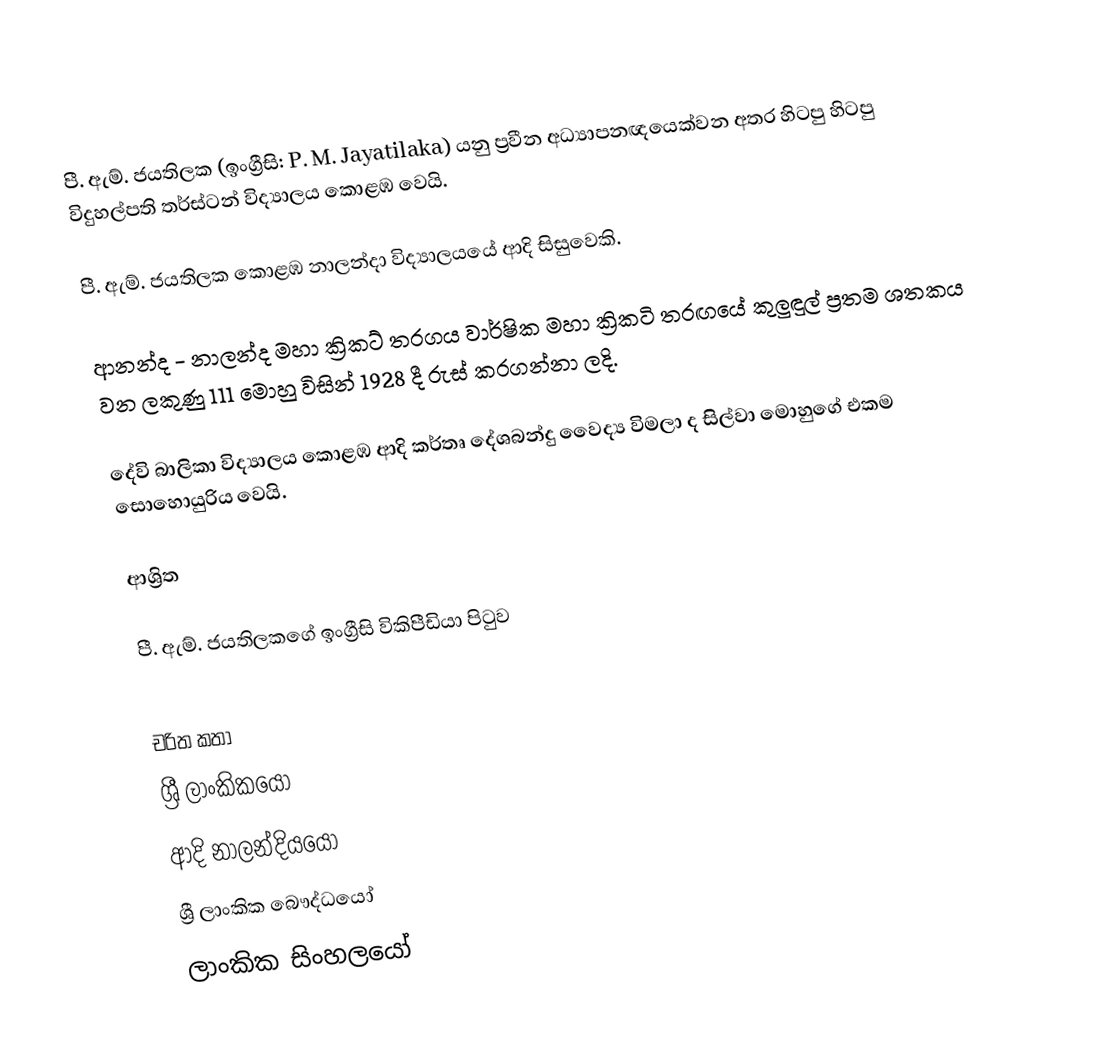
පී. ඇම්. ජයතිලක  (ඉංග්‍රීසි: P. M. Jayatilaka) යනු ප්‍රවීන අධ්‍යාපනඥයෙක්වන අතර හිටපු හිටපු විදුහල්පති තර්ස්ටන් විද්‍යාලය කොළඹ වෙයි.

පී. ඇම්. ජයතිලක  කොළඹ නාලන්දා විද්‍යාලයයේ ආදි සිසුවෙකි.

ආනන්ද - නාලන්ද මහා ක්‍රිකට් තරගය වාර්ෂික මහා ක්‍රිකටි තරඟයේ කුලුඳුල් ප්‍රතම ශතකය වන ලකුණු 111 මොහු විසින් 1928 දී රුස් කරගන්නා ලදි.

දේවි බාලිකා විද්‍යාලය කොළඹ ආදි කර්තෘ දේශබන්දු වෛද්‍ය විමලා ද සිල්වා මොහුගේ එකම සොහොයුරිය වෙයි.

ආශ්‍රිත

 පී. ඇම්. ජයතිලකගේ ඉංග්‍රීසි විකිපීඩියා පිටුව

චරිත කතා
ශ්‍රී ලාංකිකයෝ
ආදි නාලන්දියයෝ
ශ්‍රී ලාංකික බෞද්ධයෝ
ලාංකික සිංහලයෝ